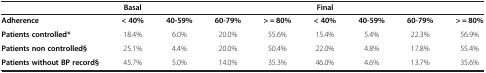
|  | Basal |  |  |  | Final |  |  |  |
 | --- | --- | --- | --- | --- | --- | --- | --- | --- |
 | Adherence | < 40% | 40-59% | 60-79% | > = 80% | < 40% | 40-59% | 60-79% | > = 80% |
 | Patients controlled* | 18.4% | 6.0% | 20.0% | 55.6% | 15.4% | 5.4% | 22.3% | 56.9% |
 | Patients non controlled§ | 25.1% | 4.4% | 20.0% | 50.4% | 22.0% | 4.8% | 17.8% | 55.4% |
 | Patients without BP record§ | 45.7% | 5.0% | 14.0% | 35.3% | 46.0% | 4.6% | 13.7% | 35.6% |